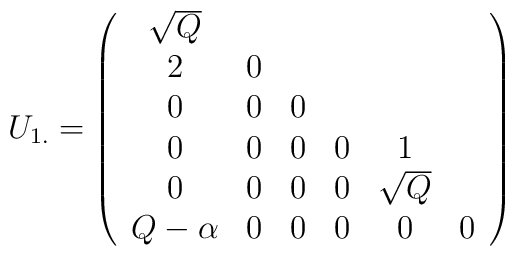
U_{1.}=\left(\begin{array}{ccccccc}\sqrt{Q}\\2&0\\0&0&0\\0&0&0&0&1\\0&0&0&0&\sqrt{Q}\\Q-\alpha&0&0&0&0&0\end{array}\right)